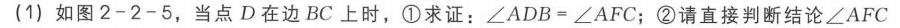
(1) 如图2 - 2 - 5，当点\(D\)在边\(BC\)上时，\textcircled{1} 求证：\(\angle ADB=\angle AFC\)；\textcircled{2} 请直接判断结论\(\angle AFC\)